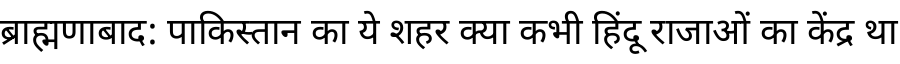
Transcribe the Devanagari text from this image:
ब्राह्मणाबाद: पाकिस्तान का ये शहर क्या कभी हिंदू राजाओं का केंद्र था